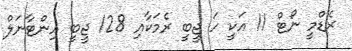
ރެޑްމީ ނޯޓް 11 އަކީ ހަ ޖީބީ ރެމަކާއި 128 ޖީބީ އިންޓާނަލް